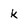
Character: k